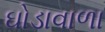
ઘોડાવાળા